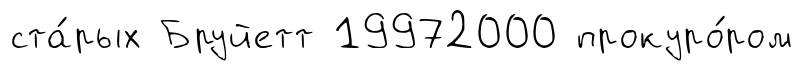
ста́рых Бруйетт 19972000 прокуро́ром